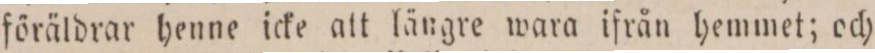
föräldrar henne icke att längre wara ifrån hemmet; och